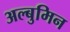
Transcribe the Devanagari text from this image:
अल्बुमिन